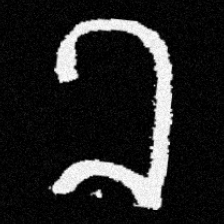
Pyu character \u2014 Myanmar letter: ခ (romanized: kha)